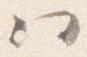
ハ